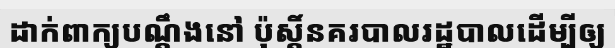
ដាក់ពាក្យបណ្តឹងនៅ ប៉ុស្តិ៍នគរបាលរដ្ឋបាលដើម្បីឲ្យ